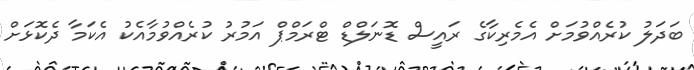
ބަދަލު ކުރެއްވުމަށް އެމެރިކާގެ ރައީސް ޑޮނަލްޑް ޓްރަމްޕް އަމުރު ކުރެއްވުމާއެކު އެކަމާ ދެކޮޅަށް